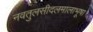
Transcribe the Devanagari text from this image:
नवतुलसीदलमालाभूषा